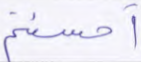
أحسنتم